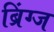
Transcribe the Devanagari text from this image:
ब्रिंग्ज